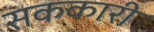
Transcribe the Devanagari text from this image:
सककारी